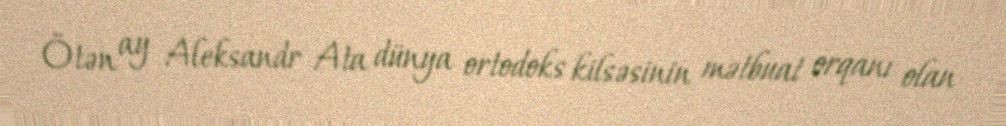
Ötən ay Aleksandr Ata dünya ortodoks kilsəsinin mətbuat orqanı olan